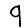
Digit: 9